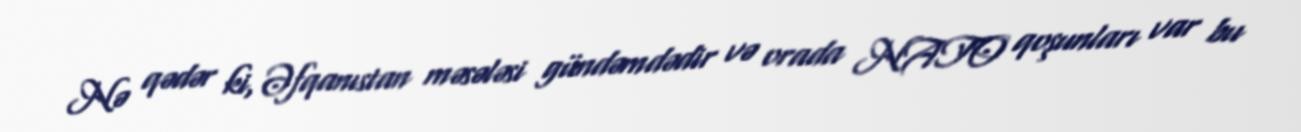
Nə qədər ki, Əfqanıstan məsələsi gündəmdədir və orada NATO qoşunları var bu